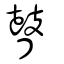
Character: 瞽